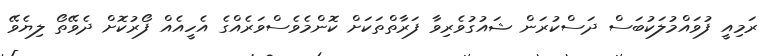
ރަމިއީ ފުވައްމުލަކުބަސް ދަސްކުރަން ޝައުގުވެރިވާ ފަރާތްތަކަށް ކޮންމެވެސްވަރެއްގެ އެހީއެއް ފޯރުކޮށް ދެވޭތޯ ލިޔެވޭ